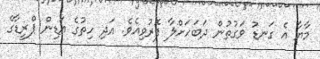
މާޔާ އެ ގަނޑު ވަގުތުން ދަބަހަށްލާ ފޮރުވިއެވެ. އަދި ހިތުގެ އަޑިން ޕްރީޑާގެ